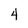
Character: 4